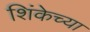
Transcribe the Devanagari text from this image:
शिंकेच्या